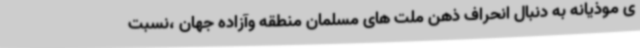
ی موذیانه به دنبال انحراف ذهن ملت های مسلمان منطقه وآزاده جهان ،نسبت